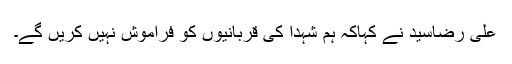
علی رضاسید نے کہاکہ ہم شہدا کی قربانیوں کو فراموش نہیں کریں گے۔